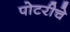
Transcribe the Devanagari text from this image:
पोटरीचे